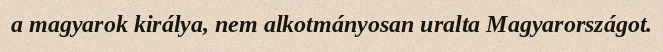
a magyarok királya, nem alkotmányosan uralta Magyarországot.